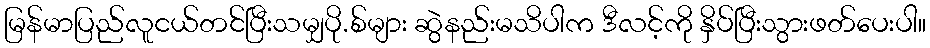
မြန်မာပြည်လူငယ်တင်ပြီးသမျှပို.စ်များ ဆွဲနည်းမသိပါက ဒီလင့်ကို နှိပ်ပြီးသွားဖတ်ပေးပါ။